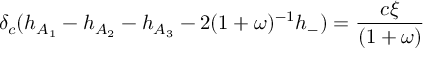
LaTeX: \delta _ { c } ( h _ { A _ { 1 } } - h _ { A _ { 2 } } - h _ { A _ { 3 } } - 2 ( 1 + \omega ) ^ { - 1 } h _ { - } ) = \frac { c \xi } { ( 1 + \omega ) }